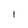
Character: 1